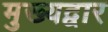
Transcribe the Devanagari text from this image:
मुख्‍यद्वार